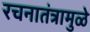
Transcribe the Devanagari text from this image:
रचनातंत्रामुळे